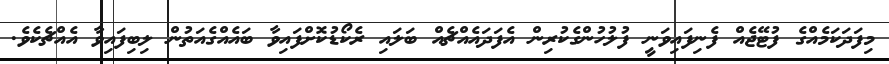
މިފަދަކަމެއްގެ ފުޓޭޖެއް ފެނިފައިވަނީ ފުލުހުންގެކުރިން އެފަދައެއްޗެއް ބަލައި ރެކޯޑުކޮށްފައިވާ ބައެއްގެއަތުން ލިބިފައިވާ އެއްޗެކެވެ.